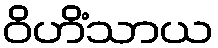
ဝိဟိံသာယ